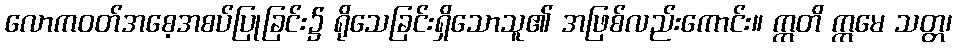
လောကဝတ်အစေ့အစပ်ပြုခြင်း၌ ရိုသေခြင်းရှိသောသူ၏ အဖြစ်လည်းကောင်း။ ဣတိ ဣမေ သတ္တ၊